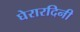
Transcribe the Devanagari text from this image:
घेरारदिनी